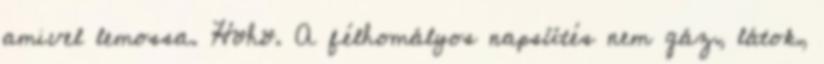
amivel lemossa. Höhö. A félhomályos napsütés nem gáz, látok,